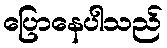
ပြောနေပါသည်